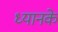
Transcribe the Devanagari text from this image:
ध्यानके